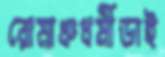
রোমাঞ্চধর্মীডাই